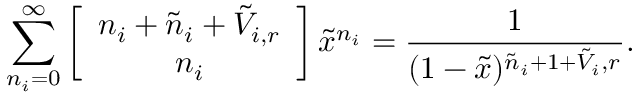
\sum _ { n _ { i } = 0 } ^ { \infty } \left[ \begin{array} { c } { { n _ { i } + \tilde { n } _ { i } + \tilde { V } _ { i , r } } } \\ { { n _ { i } } } \end{array} \right] \tilde { x } ^ { n _ { i } } = \frac { 1 } { ( 1 - \tilde { x } ) ^ { \tilde { n } _ { i } + 1 + \tilde { V } _ { i } , r } } .